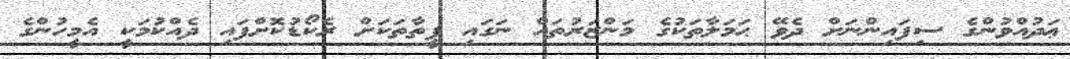
ޢަދުއްވުންގެ ސިފައިންނަށް ދެވޭ ޙަމަލާތަކުގެ މަންޒަރުތައް ނަގައި ފީތާތަކަށް ރެކޯޑުކޮށްފައި ދެއްކުމަކީ އެމީހުންގެ